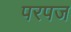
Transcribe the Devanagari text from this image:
परपज